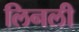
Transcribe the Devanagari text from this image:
लिनली